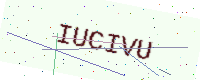
Text: IUCIVU